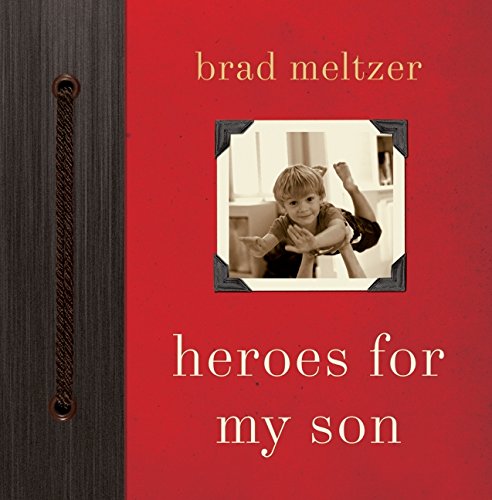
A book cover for Heroes for My Son; Brad Meltzer; Parenting & Relationships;